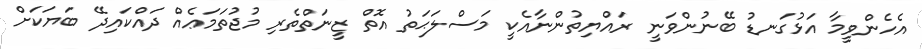
އެހެންވީމާ އަޅުގަނޑު ބޭނުންވަނީ ރައްޔިތުންނާއެކީ މަސްލަޙަތު އޮތް ޒީނަތްތެރި މުޖުތަމަޢެއް ދައްކައިދޭ ބަޔަކަށް